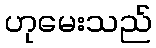
ဟုမေးသည်